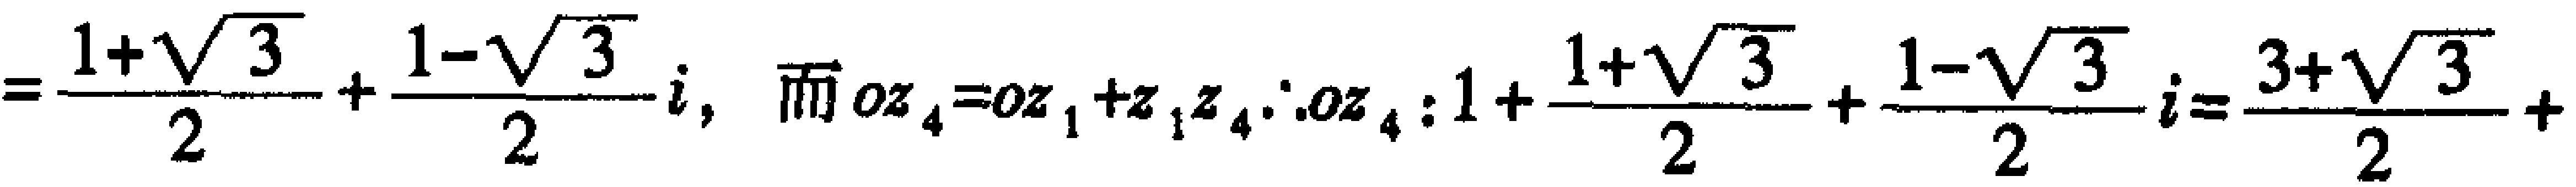
$=\frac{1 + \sqrt{3}}{2}+\frac{1 - \sqrt{3}}{2}i，\ 而\ oz_4 = oz_1+z_1z_4.\therefore oz_4:1+\frac{1 + \sqrt{3}}{2}+\frac{1 - \sqrt{3}}{2}i=\frac{3+\sqrt{3}}{2}+$